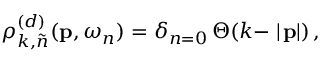
\rho _ { k , \tilde { n } } ^ { ( d ) } ( { \bf p } , \omega _ { n } ) = \delta _ { n = 0 } \, \Theta ( k - \mid \! { \bf p } \! \! \mid ) \, ,